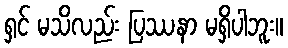
ရှင် မသိလည်း ပြဿနာ မရှိပါဘူး။